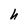
Character: h